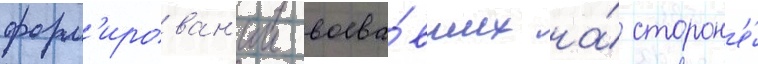
форм'ирован'ии воева́вших на́ сторон'е́